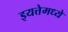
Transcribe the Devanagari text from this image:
इयत्तेमध्ये